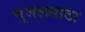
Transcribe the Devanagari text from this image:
भूजलसाठा